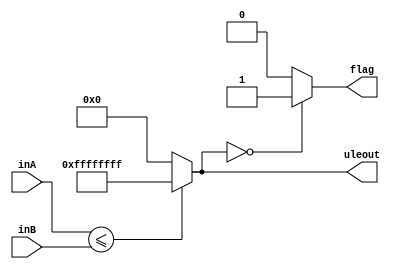
module ULE(inA, inB, uleout, flag);
    input [31:0] inA;
    input [31:0] inB;
    output reg [31:0] uleout;
    output reg flag;
    
    always@(*) begin
        uleout = (inA<=inB)?32'b11111111111111111111111111111111:32'b0;
        if(uleout==0)
            flag = 1;
        else
            flag = 0;
    end
endmodule